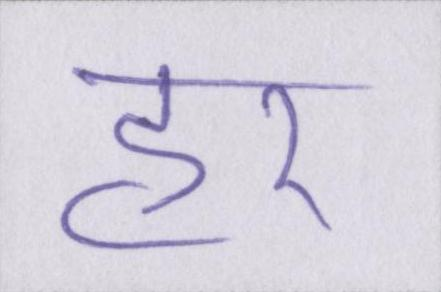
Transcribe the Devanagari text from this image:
हर